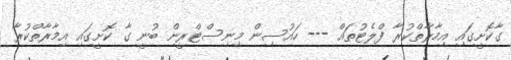
ގާކޮށީގައި އިމާރާތްކުރާ ފްލެޓުތައް --- ހައުސިން މިނިސްޓްރީން ބުނީ ގާ ކޮށީގައި އިމާރާތްކުރާ